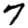
Digit: 7